Vaccination in Burma 1912-1922 - 1912-1922
Year: 1912
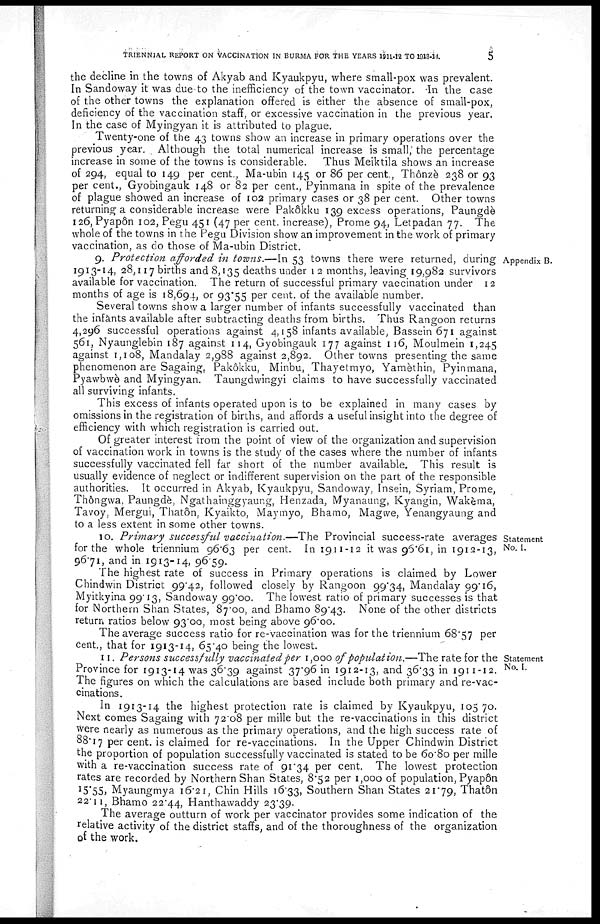
TRIENNIAL REPORT ON VACCINATION IN BURMA FOR THE YEARS 1911-12 TO 1913-14.
5
the decline in the towns of Akyab and Kyaukpyu, where small-pox was prevalent.
In Sandoway it was due to the inefficiency of the town vaccinator. In the case
of the other towns the explanation offered is either the absence of small-pox,
deficiency of the vaccination staff, or excessive vaccination in the previous year.
In the case of Myingyan it is attributed to plague.
Twenty-one of the 43 towns show an increase in primary operations over the
previous year. Although the total numerical increase is small, the percentage
increase in some of the towns is considerable. Thus Meiktila shows an increase
of 294, equal to 149 per cent., Ma-ubin 145 or 86 per cent., Thonzè 238 or 93
per cent., Gyobingauk 148 or 82 per cent., Pyinmana in spite of the prevalence
of plague showed an increase of 102 primary cases or 38 per cent. Other towns
returning a considerable increase were Pakôkku 139 excess operations, Paungdè
126, Pyapôn 102, Pegu 451 (47 per cent. increase), Prome 94, Letpadan 77. The
whole of the towns in the Pegu Division show an improvement in the work of primary
vaccination, as do those of Ma-ubin District.
Appendix B.
9. Protection afforded in towns.—In 53 towns there were returned, during
1913-14, 28,117 births and 8,135 deaths under 12 months, leaving 19,982 survivors
available for vaccination. The return of successful primary vaccination under 12
months of age is 18,694, or 93.55 per cent. of the available number.
Several towns show a larger number of infants successfully vaccinated than
the infants available after subtracting deaths from births. Thus Rangoon returns
4,296 successful operations against 4,158 infants available, Bassein 671 against
561, Nyaunglebin 187 against 114, Gyobingauk 177 against 116, Moulmein 1,245
against 1,108, Mandalay 2,988 against 2,892. Other towns presenting the same
phenomenon are Sagaing, Pakôkku, Minbu, Thayetmyo, Yamèthin, Pyinmana,
Pyawbwè and Myingyan. Taungdwingyi claims to have successfully vaccinated
all surviving infants.
This excess of infants operated upon is to be explained in many cases by
omissions in the registration of births, and affords a useful insight into the degree of
efficiency with which registration is carried out.
Of greater interest from the point of view of the organization and supervision
of vaccination work in towns is the study of the cases where the number of infants
successfully vaccinated fell far short of the number available. This result is
usually evidence of neglect or indifferent supervision on the part of the responsible
authorities. It occurred in Akyab, Kyaukpyu, Sandoway, Insein, Syriam, Prome,
Thôngvva. Paungdè, Ngathainggyaung, Henzada, Myanaung, Kyangin, Wakema,
Tavoy, Mergui, Thatôn, Kyaikto, Maymyo, Bhamo, Magwe, Yenangyaung and
to a less extent in some other towns.
Statement
No. I.
10. Primary successful vaccination.—The Provincial success-rate averages
for the whole triennium 96.63 per cent. In 1911-12 it was 96.61, in 1912-13,
96.71, and in 1913-14, 96.59.
The highest rate of success in Primary operations is claimed by Lower
Chindwin District 99.42, followed closely by Rangoon 99.34, Mandalay 99.16,
Myitkyina 99.13, Sandoway 99.00. The lowest ratio of primary successes is that
for Northern Shan States, 87.00, and Bhamo 89.43. None of the other districts
return ratios below 93.00, most being above 96.00.
The average success ratio for re-vaccination was for the triennium 68.57 per
cent., that for 1913-14, 65.40 being the lowest.
Statement
No. I.
11. Persons successfully vaccinated per 1,000 of population.—The rate for the
Province for 1913-14 was 36.39 against 37.96 in 1912-13, and 36.33 in 1911-12.
The figures on which the calculations are based include both primary and re-vac-
cinations.
In 1913-14 the highest protection rate is claimed by Kyaukpyu, 105.70.
Next comes Sagaing with 72.08 per mille but the re-vaccinations in this district
were nearly as numerous as the primary operations, and the high success rate of
88.17 per cent. is claimed for re-vaccinations. In the Upper Chindwin District
the proportion of population successfully vaccinated is stated to be 60.80 per mille
with a re-vaccination success rate of 91.34 per cent. The lowest protection
rates are recorded by Northern Shan States, 8.52 per 1,000 of population, Pyapôn
15.55. Myaungmya 16.21, Chin Hills 16.33, Southern Shan States 21.79, Thatôn
22.11, Bhamo 22.44, Hanthawaddy 23.39.
The average outturn of work per vaccinator provides some indication of the
relative activity of the district staffs, and of the thoroughness of the organization
of the work.